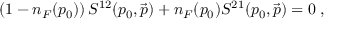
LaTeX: \left( 1 - n _ { F } ( p _ { 0 } ) \right) S ^ { 1 2 } ( p _ { 0 } , \vec { p } ) + n _ { F } ( p _ { 0 } ) S ^ { 2 1 } ( p _ { 0 } , \vec { p } ) = 0 \; ,